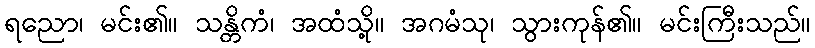
ရညော၊ မင်း၏။ သန္တိကံ၊ အထံသို့။ အဂမံသု၊ သွားကုန်၏။ မင်းကြီးသည်။